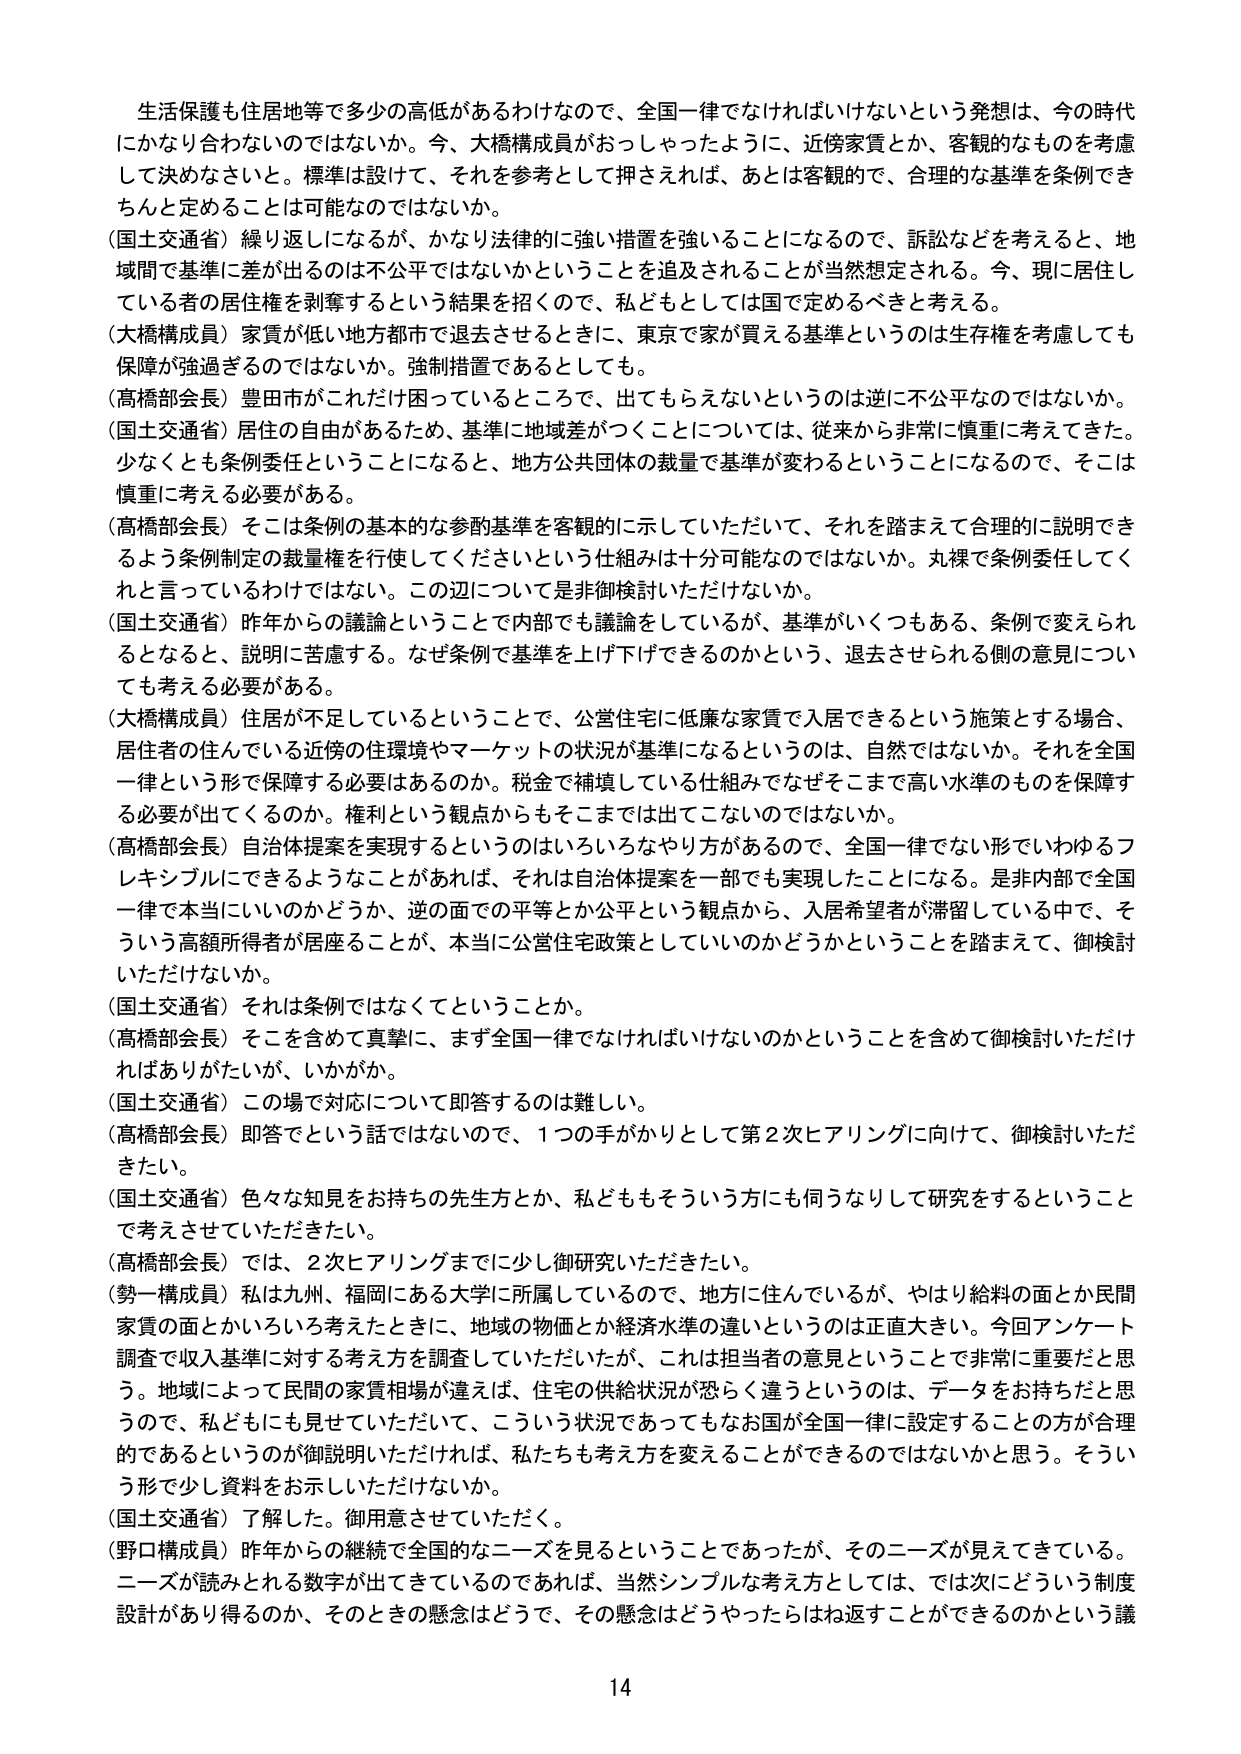
生活保護も住居地等で多少の高低があるわけなので、全国一律でなければならないという発想は、今の時代にかなり合わないのではないか。今、大橋構成員がおっしゃったように、近傍家賃とか、客観的なものを考慮して決めなさいと。標準は設けて、それを参考として押さえれば、あとは客観的で、合理的な基準を条例できちんと定めることは可能なのではないか。

（国土交通省）繰り返しになるが、かなり法律的に強い措置を強いることになるので、訴訟などを考えると、地域間で基準に差が出るのは不公平ではないかということを追及されることが当然想定される。今、現に居住している者の居住権を剥奪するという結果を招くので、私どもとしては国で定めるべきと考える。

（大橋構成員）家賃が低い地方都市で退去させるときに、東京で家が買える基準というのは生存権を考慮しても保障が強過ぎるのではないか。強制措置であるとしても。

（高橋部会長）豊田市がこれだけ困っているところで、出てもらえないというのは逆に不公平なのではないか。

（国土交通省）居住の自由があるため、基準に地域差がつくことについては、従来から非常に慎重に考えてきた。少なくとも条例委任ということになると、地方公共団体の裁量で基準が変わるということになるので、そこは慎重に考える必要がある。

（高橋部会長）そこは条例の基本的な参酌基準を客観的に示していただいて、それを踏まえて合理的に説明できるよう条例制定の裁量権を行使してくださいという仕組みは十分可能なのではないか。丸裸で条例委任してくれと言っているわけではない。この辺については御検討いただけないか。

（国土交通省）昨年からの議論ということで内部でも議論をしているが、基準がいくつもある、条例で変えられるとなると、説明に苦慮する。なぜ条例で基準を上げ下げできるのかという、退去させられる側の意見についても考える必要がある。

（大橋構成員）住居が不足しているということで、公営住宅に低廉な家賃で入居できるという施策とする場合、居住者の住んでいる近傍の住環境やマーケットの状況が基準になるというのは、自然ではないか。それを全国一律という形で保障する必要はあるのか。税金で補填している仕組みでなぜそこまで高い水準のものを保障する必要が出てくるのか。権利という観点からもそこまでは出てこないのではないか。

（高橋部会長）自治体提案を実現するというのはいろいろなやり方があるので、全国一律でない形でいわゆるフレキシブルにできるようなことがあれば、それは自治体提案を一部でも実現したことになる。是非内部で全国一律で本当にいいのかどうか、逆の面での平等とか公平という観点から、入居希望者が滞留している中で、そういう高額所得者が居座ることが、本当に公営住宅政策としていいのかどうかということを踏まえて、御検討いただけないか。

（国土交通省）それは条例ではなくてということか。

（高橋部会長）そこを含めて真摯に、まず全国一律でなければならないのかということを含めて御検討いただければありがたいが、いかがか。

（国土交通省）この場で対応について即答するのは難しい。

（高橋部会長）即答でという話ではないので、1つの手がかりとして第2次ヒアリングに向けて、御検討いただきたい。

（国土交通省）色々な知見をお持ちの先生方とか、私どももそういう方にも伺うなりして研究をするということで考えさせていただきたい。

（高橋部会長）では、2次ヒアリングまでに少し御研究いただきたい。

（勢一構成員）私は九州、福岡にある大学に所属しているので、地方に住んでいるが、やはり給料の面とか民間家賃の面とかいろいろ考えたときに、地域の物価とか経済水準の違いというのは正直大きい。今回アンケート調査で収入基準に対する考え方を調査していただいたが、これは担当者の意見ということで非常に重要だと思う。地域によって民間の家賃相場が違えば、住宅の供給状況が恐らく違うというのは、データをお持ちだと思うので、私どもにも見せていただいて、こういう状況であってもなお国が全国一律に設定することの方が合理的であるというのが御説明いただければ、私たちも考え方を変えることができるのではないかと思う。そういう形で少し資料をお示しいただけないか。

（国土交通省）了解した。御用意させていただく。

（野口構成員）昨年からの継続で全国的なニーズを見るということであったが、そのニーズが見えてきている。ニーズが読みとれる数字が出てきているのであれば、当然シンプルな考え方としては、では次にどういう制度設計があり得るのか、そのときの懸念はどうで、その懸念はどうやったらはね返すことができるのかという議

14